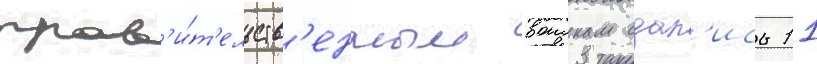
прав'и́т'ельств'енным воискам сдал'ись 11